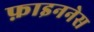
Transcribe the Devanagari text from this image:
फ़ाइननेस